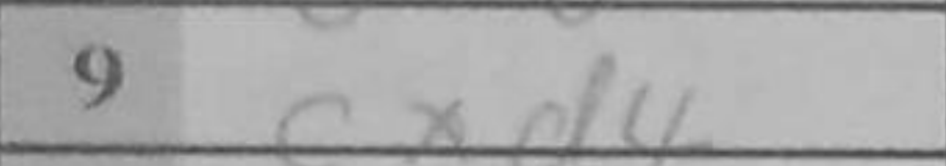
Transcription: cxd4